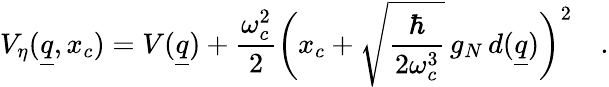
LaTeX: V_{\eta}(\underline{{q}},x_{c})=V(\underline{{q}})+\frac{\omega_{c}^{2}}{2}\biggl(x_{c}+\sqrt{\frac{\hbar}{2\omega_{c}^{3}}}\, g_{N}\, d(\underline{{q}})\biggr)^{2}\quad.